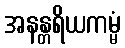
အနန္တရိယကမ္မံ